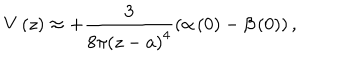
V \left( z \right) \approx + \frac { 3 } { 8 \pi \left( z - a \right) ^ { 4 } } \left( \alpha \left( 0 \right) - \beta \left( 0 \right) \right) ,